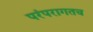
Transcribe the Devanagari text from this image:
परंपरागतच